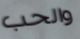
والحب